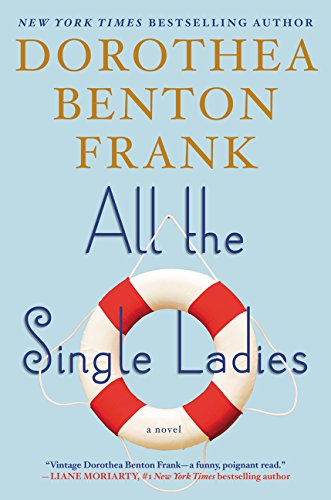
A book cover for All the Single Ladies: A Novel; Dorothea Benton Frank; Literature & Fiction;